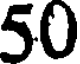
50